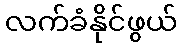
လက်ခံနိုင်ဖွယ်